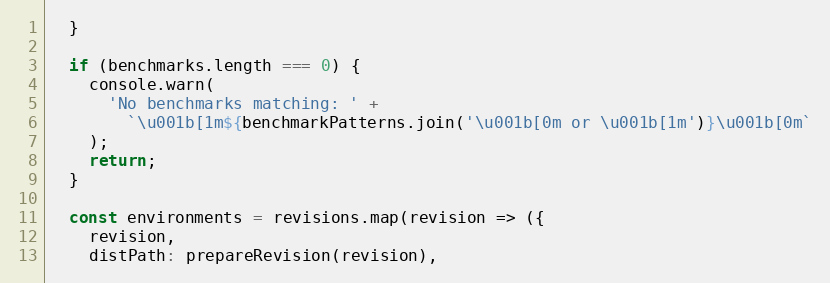
Language: JavaScript
  }

  if (benchmarks.length === 0) {
    console.warn(
      'No benchmarks matching: ' +
        `\u001b[1m${benchmarkPatterns.join('\u001b[0m or \u001b[1m')}\u001b[0m`
    );
    return;
  }

  const environments = revisions.map(revision => ({
    revision,
    distPath: prepareRevision(revision),